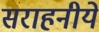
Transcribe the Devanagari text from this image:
सराहनीये